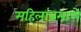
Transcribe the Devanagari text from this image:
महिलांप्रमाणे